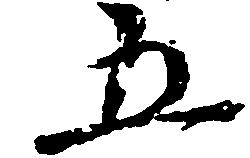
五